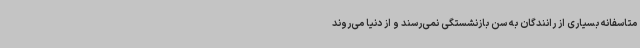
متاسفانه بسیاری از رانندگان به سن بازنشستگی نمی‌رسند و از دنیا می‌روند